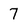
Character: 7